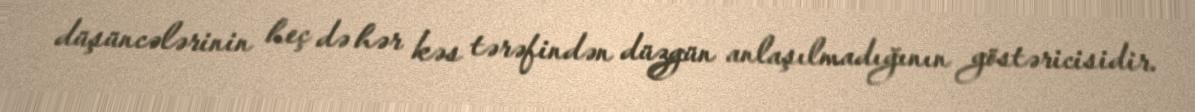
düşüncələrinin heç də hər kəs tərəfindən düzgün anlaşılmadığının göstəricisidir.